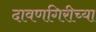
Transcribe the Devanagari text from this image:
दावणगिरीच्या